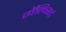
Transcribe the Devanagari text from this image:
गॅलिसर्ड